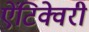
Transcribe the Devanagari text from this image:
ऐंटिक्वेरी